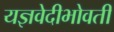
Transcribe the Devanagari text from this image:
यज्ञवेदीभोवती